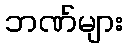
ဘဏ်များ